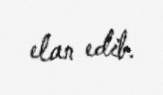
elan edib.